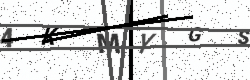
Text: 4KMYGS